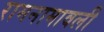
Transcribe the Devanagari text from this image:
रामनामावली